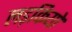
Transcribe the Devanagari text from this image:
लड़कियो